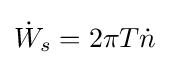
{\dot {W}}_{s}=2\pi T{\dot {n}}